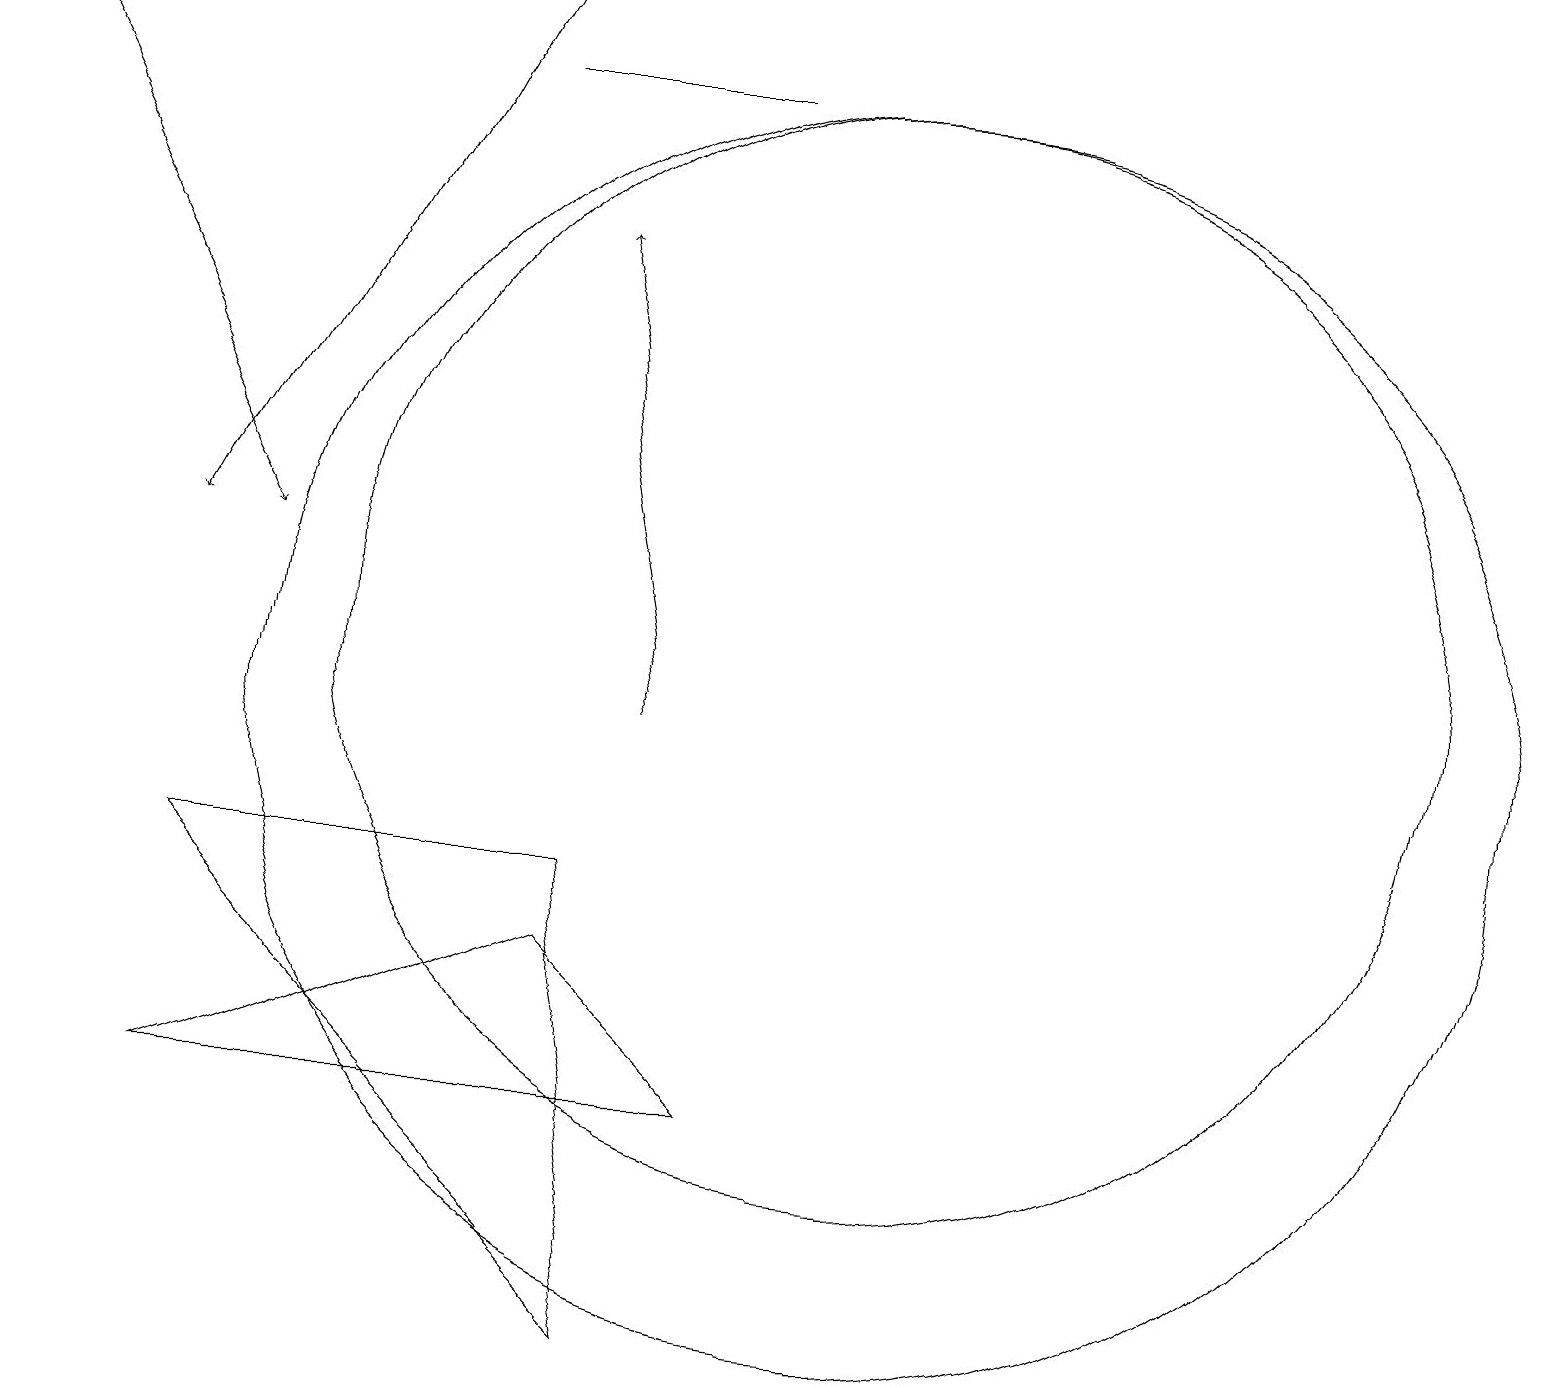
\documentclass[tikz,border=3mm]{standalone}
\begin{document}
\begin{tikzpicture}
\draw (9,18) rectangle (6,18);
\draw[->] (6,19) -- (2,12);
\draw (7,7) -- (2,5) -- (9,5) -- cycle;
\draw (11,10) circle (8);
\draw (11,11) circle (7);
\draw (7,8) -- (8,2) -- (2,8) -- cycle;
\draw[->] (0,18) -- (3,12);
\draw[->] (8,10) -- (7,16);
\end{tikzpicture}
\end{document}